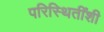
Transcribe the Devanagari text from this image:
परिस्थितींशी